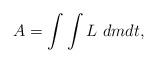
LaTeX: \begin{align*}A=\int\int L\ dm dt, \end{align*}